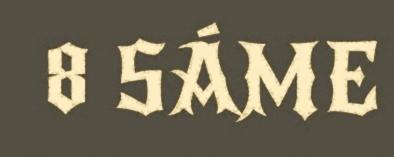
8 SÁME